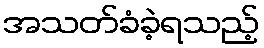
အသတ်ခံခဲ့ရသည့်